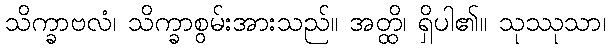
သိက္ခာဗလံ၊ သိက္ခာစွမ်းအားသည်။ အတ္ထိ၊ ရှိပါ၏။ သုဿုသာ၊